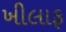
ખીલાફ